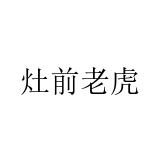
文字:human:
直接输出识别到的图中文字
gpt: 灶前老虎